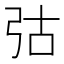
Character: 𢏆